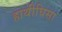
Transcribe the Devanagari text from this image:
हाथीघिसा